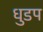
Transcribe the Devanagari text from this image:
धुडप